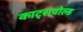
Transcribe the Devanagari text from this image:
काट्सवोल्ड